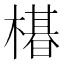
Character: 𬄛